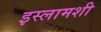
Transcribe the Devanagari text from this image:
इस्लामशी